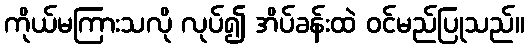
ကိုယ်မကြားသလို လုပ်၍ အိပ်ခန်းထဲ ဝင်မည်ပြုသည်။